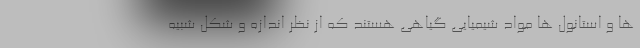
ها و استانول ها مواد شیمیایی گیاهی هستند که از نظر اندازه و شکل شبیه